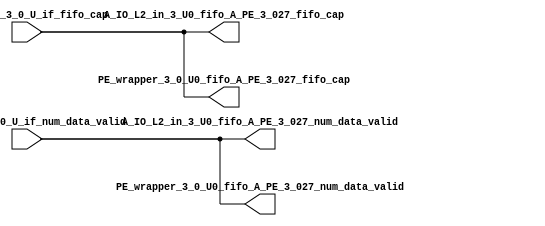
// ==================================================
// RTL generated by RapidStream
//
// Copyright 2024 RapidStream Design Automation, Inc.
// All Rights Reserved.
// ==================================================
`timescale 1 ns / 1 ps
module __rs_kernel3_aux_split_aux_13 #(
    parameter C_S_AXI_CONTROL_DATA_WIDTH  = 32,
    parameter C_S_AXI_CONTROL_ADDR_WIDTH  = 6,
    parameter C_S_AXI_DATA_WIDTH          = 32,
    parameter C_M_AXI_GMEM_A_ID_WIDTH     = 1,
    parameter C_M_AXI_GMEM_A_ADDR_WIDTH   = 64,
    parameter C_M_AXI_GMEM_A_DATA_WIDTH   = 512,
    parameter C_M_AXI_GMEM_A_AWUSER_WIDTH = 1,
    parameter C_M_AXI_GMEM_A_ARUSER_WIDTH = 1,
    parameter C_M_AXI_GMEM_A_WUSER_WIDTH  = 1,
    parameter C_M_AXI_GMEM_A_RUSER_WIDTH  = 1,
    parameter C_M_AXI_GMEM_A_BUSER_WIDTH  = 1,
    parameter C_M_AXI_GMEM_A_USER_VALUE   = 0,
    parameter C_M_AXI_GMEM_A_PROT_VALUE   = 0,
    parameter C_M_AXI_GMEM_A_CACHE_VALUE  = 3,
    parameter C_M_AXI_DATA_WIDTH          = 32,
    parameter C_M_AXI_GMEM_B_ID_WIDTH     = 1,
    parameter C_M_AXI_GMEM_B_ADDR_WIDTH   = 64,
    parameter C_M_AXI_GMEM_B_DATA_WIDTH   = 512,
    parameter C_M_AXI_GMEM_B_AWUSER_WIDTH = 1,
    parameter C_M_AXI_GMEM_B_ARUSER_WIDTH = 1,
    parameter C_M_AXI_GMEM_B_WUSER_WIDTH  = 1,
    parameter C_M_AXI_GMEM_B_RUSER_WIDTH  = 1,
    parameter C_M_AXI_GMEM_B_BUSER_WIDTH  = 1,
    parameter C_M_AXI_GMEM_B_USER_VALUE   = 0,
    parameter C_M_AXI_GMEM_B_PROT_VALUE   = 0,
    parameter C_M_AXI_GMEM_B_CACHE_VALUE  = 3,
    parameter C_M_AXI_GMEM_C_ID_WIDTH     = 1,
    parameter C_M_AXI_GMEM_C_ADDR_WIDTH   = 64,
    parameter C_M_AXI_GMEM_C_DATA_WIDTH   = 512,
    parameter C_M_AXI_GMEM_C_AWUSER_WIDTH = 1,
    parameter C_M_AXI_GMEM_C_ARUSER_WIDTH = 1,
    parameter C_M_AXI_GMEM_C_WUSER_WIDTH  = 1,
    parameter C_M_AXI_GMEM_C_RUSER_WIDTH  = 1,
    parameter C_M_AXI_GMEM_C_BUSER_WIDTH  = 1,
    parameter C_M_AXI_GMEM_C_USER_VALUE   = 0,
    parameter C_M_AXI_GMEM_C_PROT_VALUE   = 0,
    parameter C_M_AXI_GMEM_C_CACHE_VALUE  = 3,
    parameter C_S_AXI_CONTROL_WSTRB_WIDTH = 4,
    parameter C_S_AXI_WSTRB_WIDTH         = 4,
    parameter C_M_AXI_GMEM_A_WSTRB_WIDTH  = 64,
    parameter C_M_AXI_WSTRB_WIDTH         = 4,
    parameter C_M_AXI_GMEM_B_WSTRB_WIDTH  = 64,
    parameter C_M_AXI_GMEM_C_WSTRB_WIDTH  = 64
) (
    output wire [1:0] A_IO_L2_in_3_U0_fifo_A_PE_3_027_fifo_cap,
    output wire [1:0] A_IO_L2_in_3_U0_fifo_A_PE_3_027_num_data_valid,
    output wire [1:0] PE_wrapper_3_0_U0_fifo_A_PE_3_027_fifo_cap,
    output wire [1:0] PE_wrapper_3_0_U0_fifo_A_PE_3_027_num_data_valid,
    input wire  [1:0] fifo_A_PE_3_0_U_if_fifo_cap,
    input wire  [1:0] fifo_A_PE_3_0_U_if_num_data_valid
);
assign A_IO_L2_in_3_U0_fifo_A_PE_3_027_fifo_cap = fifo_A_PE_3_0_U_if_fifo_cap;
assign A_IO_L2_in_3_U0_fifo_A_PE_3_027_num_data_valid = fifo_A_PE_3_0_U_if_num_data_valid;
assign PE_wrapper_3_0_U0_fifo_A_PE_3_027_fifo_cap = fifo_A_PE_3_0_U_if_fifo_cap;
assign PE_wrapper_3_0_U0_fifo_A_PE_3_027_num_data_valid = fifo_A_PE_3_0_U_if_num_data_valid;
endmodule